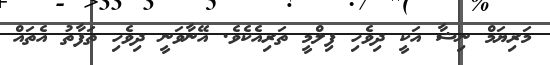
މަރިޔަމް ނިޝާ އަކީ ދިވެހި ފިލްމީ ތަރިއެކެވެ. އޭނާވަނީ ދިވެހި ތަފާތު އެތައް